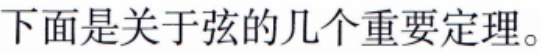
下面是关于弦的几个重要定理。